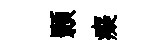
顥癡